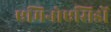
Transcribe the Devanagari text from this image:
एमिनोएसिडों